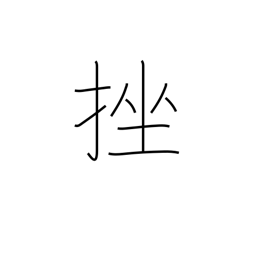
Meaning: break